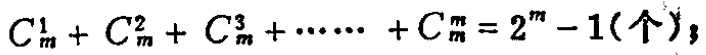
\(C_{m}^{1}+C_{m}^{2}+C_{m}^{3}+\cdots\cdots +C_{m}^{m}=2^{m}-1(\text{个})\)；